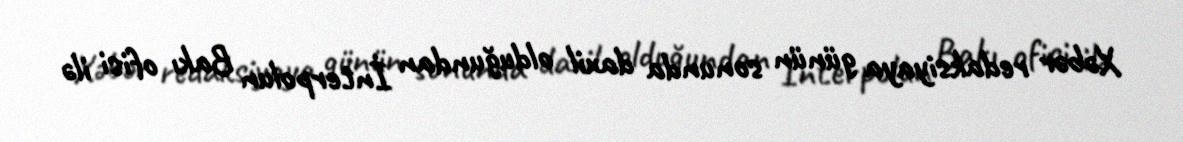
Xəbər redaksiyaya günün sonunda daxil olduğundan İnterpolun Bakı ofisi ilə